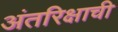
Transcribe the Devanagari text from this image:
अंतरिक्षाची